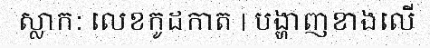
ស្លាក: លេខកូដកាត | បង្ហាញខាងលើ